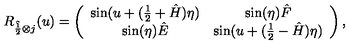
R _ { \hat { \frac 1 2 } \otimes j } ( u ) = \left( \begin{array} { c c c c } { \sin ( u + ( \frac { 1 } { 2 } + \hat { H } ) \eta ) } & { \sin ( \eta ) \hat { F } } \\ { \sin ( \eta ) \hat { E } } & { \sin ( u + ( \frac { 1 } { 2 } - \hat { H } ) \eta ) } \\ \end{array} \right) ,